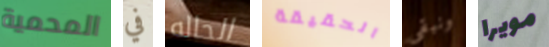
المحمية في الحاله الحقيقة ونبقى مويرا